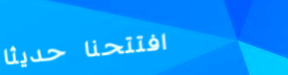
افتتحنا حديثاً